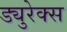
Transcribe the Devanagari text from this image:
ड्युरेक्स